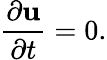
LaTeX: {\frac{\partial\mathbf{u}}{\partial t}}=0.